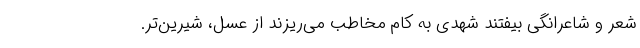
شعر و شاعرانگی بیفتند شهدی به کام مخاطب می‌ریزند از عسل، شیرین‌تر.